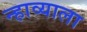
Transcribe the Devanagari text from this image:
न्हाव्याला